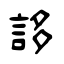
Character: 誃